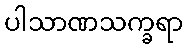
ပါသာဏသက္ခရာ